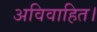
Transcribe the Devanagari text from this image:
अविवाहित।